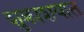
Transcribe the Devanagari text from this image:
शुक्राशयात